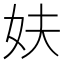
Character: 妋